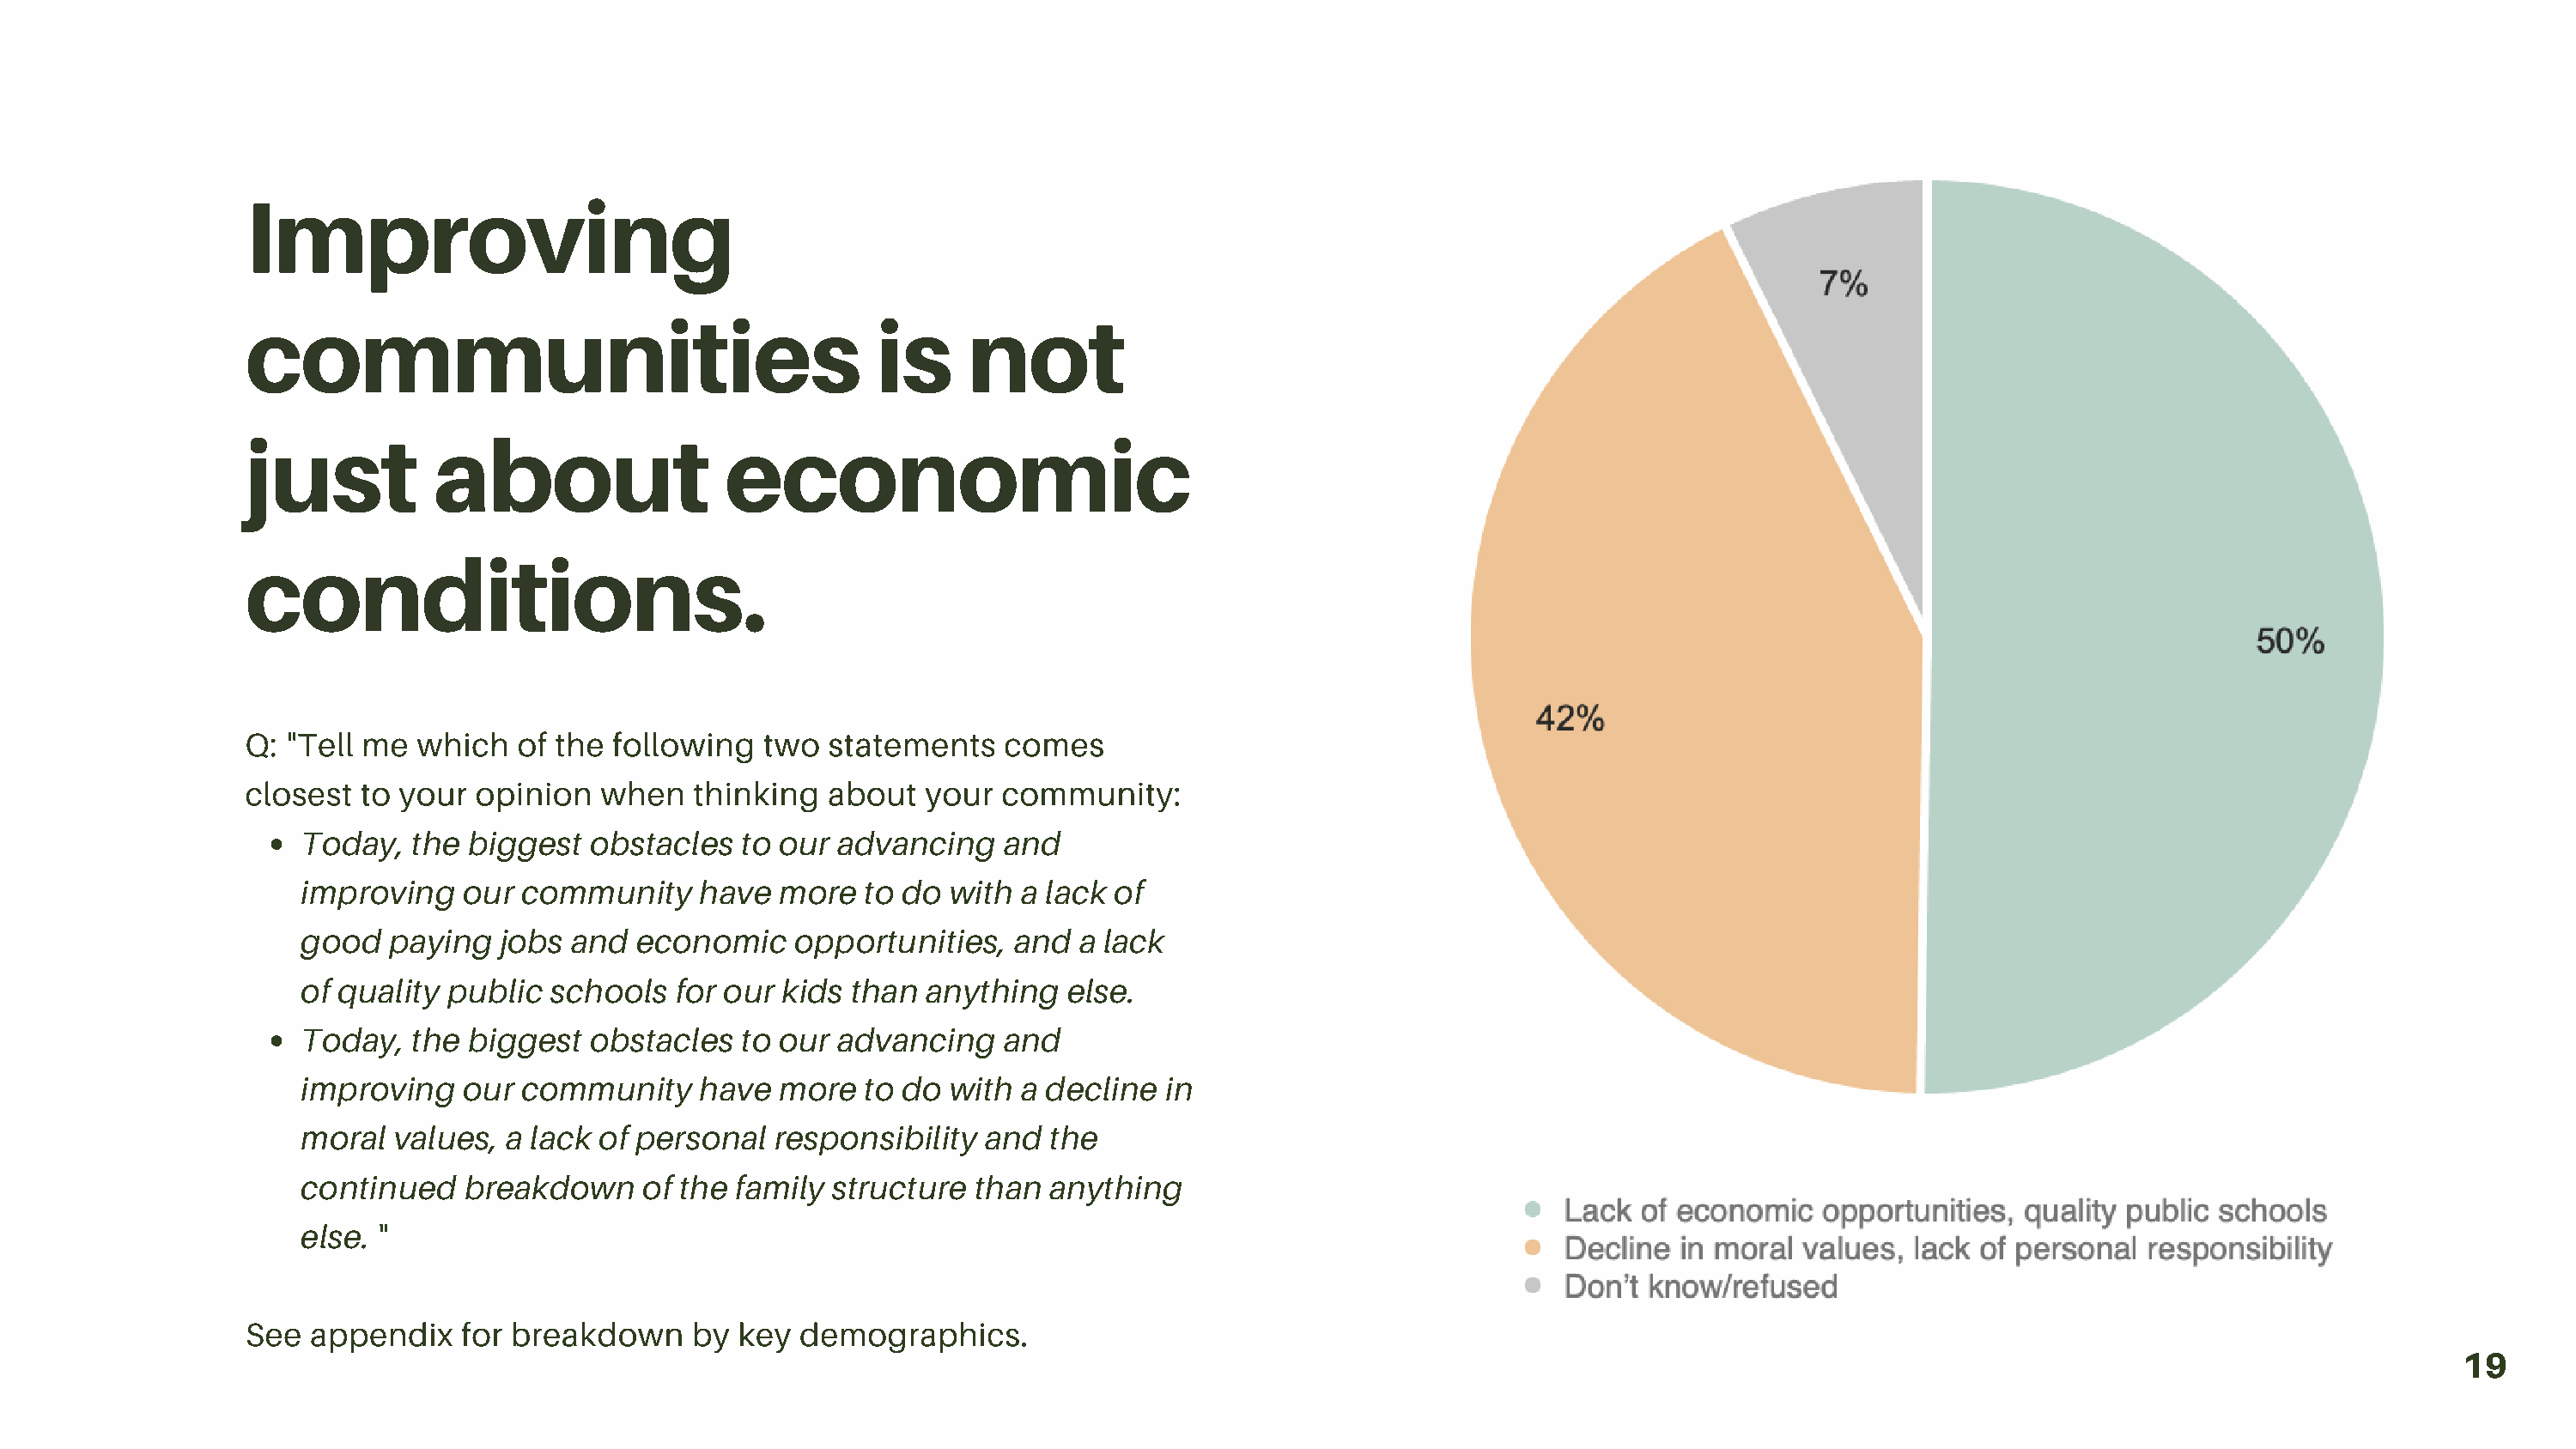
Improving
 communities                                      is     not
 just          about                  economic
 conditions.
 Q: "Tell me  which   of the following   two  statements   comes
 closest  to your  opinion  when   thinking   about  your  community:
 Today,   the biggest  obstacles   to our  advancing   and
 improving    our community     have  more   to do with  a lack of
 good   paying   jobs and  economic    opportunities,   and  a lack
 of quality public  schools   for our kids  than anything   else.
 Today,   the biggest  obstacles   to our  advancing   and
 improving    our community     have  more   to do with  a decline  in
 moral  values,  a lack of personal   responsibility  and  the
 continued    breakdown     of the family structure  than  anything
 "
 else.
 See  appendix    for breakdown    by  key  demographics.
 19